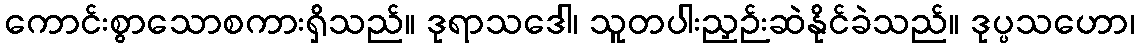
ကောင်းစွာသောစကားရှိသည်။ ဒုရာသဒေါ၊ သူတပါးညှဉ်းဆဲနိုင်ခဲသည်။ ဒုပ္ပသဟော၊